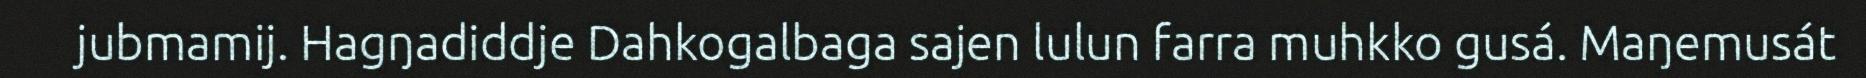
jubmamij. Hagŋadiddje Dahkogalbaga sajen lulun farra muhkko gusá. Maŋemusát